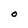
Character: O